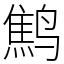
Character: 鹪